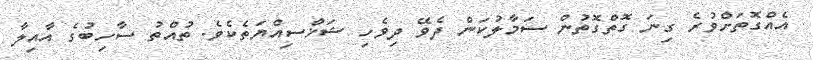
އެއްގޮތަށްވުރެ ގިނަ ގޮތްގޮތުން ސަމާލުކަން ދެވޭ ދިވެހި ޝަޚްސިއްޔަތެކެވެ. ތުއްތު ސާހިބުގެ އާއިލާ